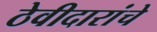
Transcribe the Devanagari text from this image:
ठेवीदारांचे